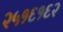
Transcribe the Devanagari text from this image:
२५१६१६२